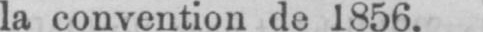
la convention de 1856.